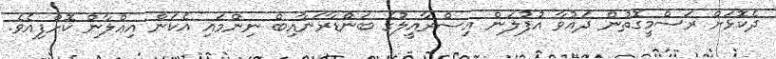
ދެކޮޅަށް ރަސްމީގޮތުން ދައުވާ އުފުލަން އިސްރާއީލުގެ ބަންޑާރަނާއިބް ނިންމައި އެކަން އިޢްލާން ކޮށްފިއެވެ.